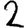
Digit: 2